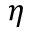
\eta